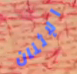
الإثنان